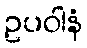
ဥပဝါနံ